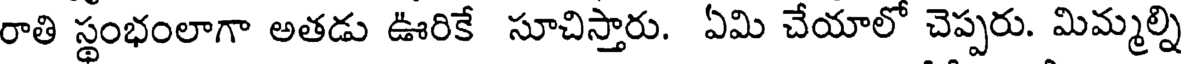
రాతి స్థంభంలాగా అతడు ఊరికే సూచిస్తారు. ఏమి చేయాలో చెప్పరు. మిమ్మల్ని